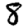
Digit: 8